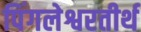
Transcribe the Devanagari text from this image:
पिंगलेश्वरतीर्थ